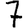
Digit: 7